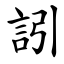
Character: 訠